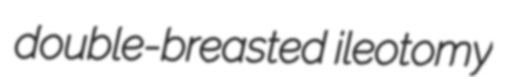
double-breasted ileotomy